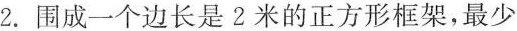
2.围成一个边长是2米的正方形框架，最少